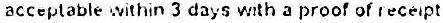
ACCEPTABLE WITHIN 3 DAYS WITH A PROOF OF RECEIPT